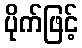
ပိုက်ဖြင့်